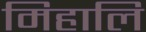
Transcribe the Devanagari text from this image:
मिहालि